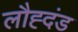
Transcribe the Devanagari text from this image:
लौह्दंड